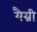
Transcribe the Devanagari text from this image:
यैग्नी